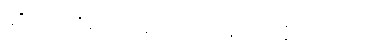
ဆိုတာသိရရင် မင်းတော်တော်အံ့ဩမှာပဲ။